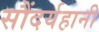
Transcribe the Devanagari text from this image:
सौंदर्यहानी